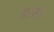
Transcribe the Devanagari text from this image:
कांका